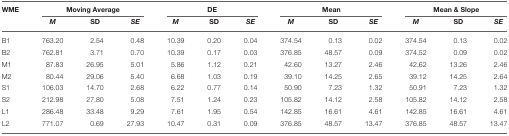
| WME | <COLSPAN=3> Moving Average | <COLSPAN=3> DE | <COLSPAN=3> Mean | <COLSPAN=3> Mean & Slope |
 |  | M | SD | SE | M | SD | SE | M | SD | SE | M | SD | SE |
 | --- | --- | --- | --- | --- | --- | --- | --- | --- | --- | --- | --- | --- |
 | B1 | 763.20 | 2.54 | 0.48 | 10.39 | 0.20 | 0.04 | 374.54 | 0.13 | 0.02 | 374.54 | 0.13 | 0.02 |
 | B2 | 762.81 | 3.71 | 0.70 | 10.39 | 0.17 | 0.03 | 376.85 | 48.57 | 0.09 | 374.52 | 0.09 | 0.02 |
 | M1 | 87.83 | 26.95 | 5.01 | 5.86 | 1.12 | 0.21 | 42.60 | 13.27 | 2.46 | 42.62 | 13.26 | 2.46 |
 | M2 | 80.44 | 29.06 | 5.40 | 6.68 | 1.03 | 0.19 | 39.10 | 14.25 | 2.65 | 39.12 | 14.25 | 2.64 |
 | S1 | 106.03 | 14.70 | 2.68 | 6.22 | 0.77 | 0.14 | 50.90 | 7.23 | 1.32 | 50.91 | 7.23 | 1.32 |
 | S2 | 212.98 | 27.80 | 5.08 | 7.51 | 1.24 | 0.23 | 105.82 | 14.12 | 2.58 | 105.82 | 14.12 | 2.58 |
 | L1 | 286.48 | 33.48 | 9.29 | 7.61 | 1.95 | 0.54 | 142.85 | 16.61 | 4.61 | 142.85 | 16.61 | 4.61 |
 | L2 | 771.07 | 0.69 | 27.93 | 10.47 | 0.31 | 0.09 | 376.85 | 48.57 | 13.47 | 376.85 | 48.57 | 13.47 |